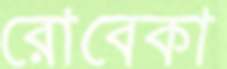
রোবেকা